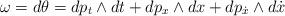
LaTeX: \begin{align*}\omega =d\theta =dp_{t}\wedge dt+ dp_{x} \wedge dx+ dp_{\dot{x}} \wedge d\dot{x} \end{align*}